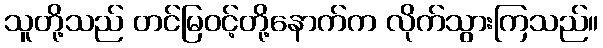
သူတို့သည် တင်မြဝင့်တို့နောက်က လိုက်သွားကြသည်။